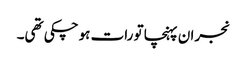
نجران پہنچا تو رات ہوچکی تھی۔